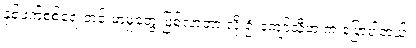
နှစ်ဖက်စစ်ရေးတင်းမာမှုတွေ ဖြစ်လာတာ လို့ ဦးကျော်သီဟ က ပြောပါတယ်။